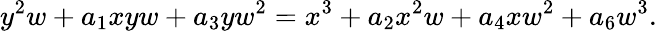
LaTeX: y^{2}w+a_{1}xyw+a_{3}yw^{2}=x^{3}+a_{2}x^{2}w+a_{4}xw^{2}+a_{6}w^{3}.